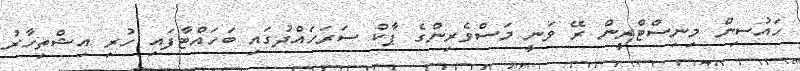
ހައުސިން މިނިސްޓްރީން ރޭ ވަނީ މަސްވެރިންގެ ޕާކް ސަރަހައްދުގައި ބަހައްޓާފައި ހުރި އިޝްތިހާރު